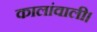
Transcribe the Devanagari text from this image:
कालांवाली।